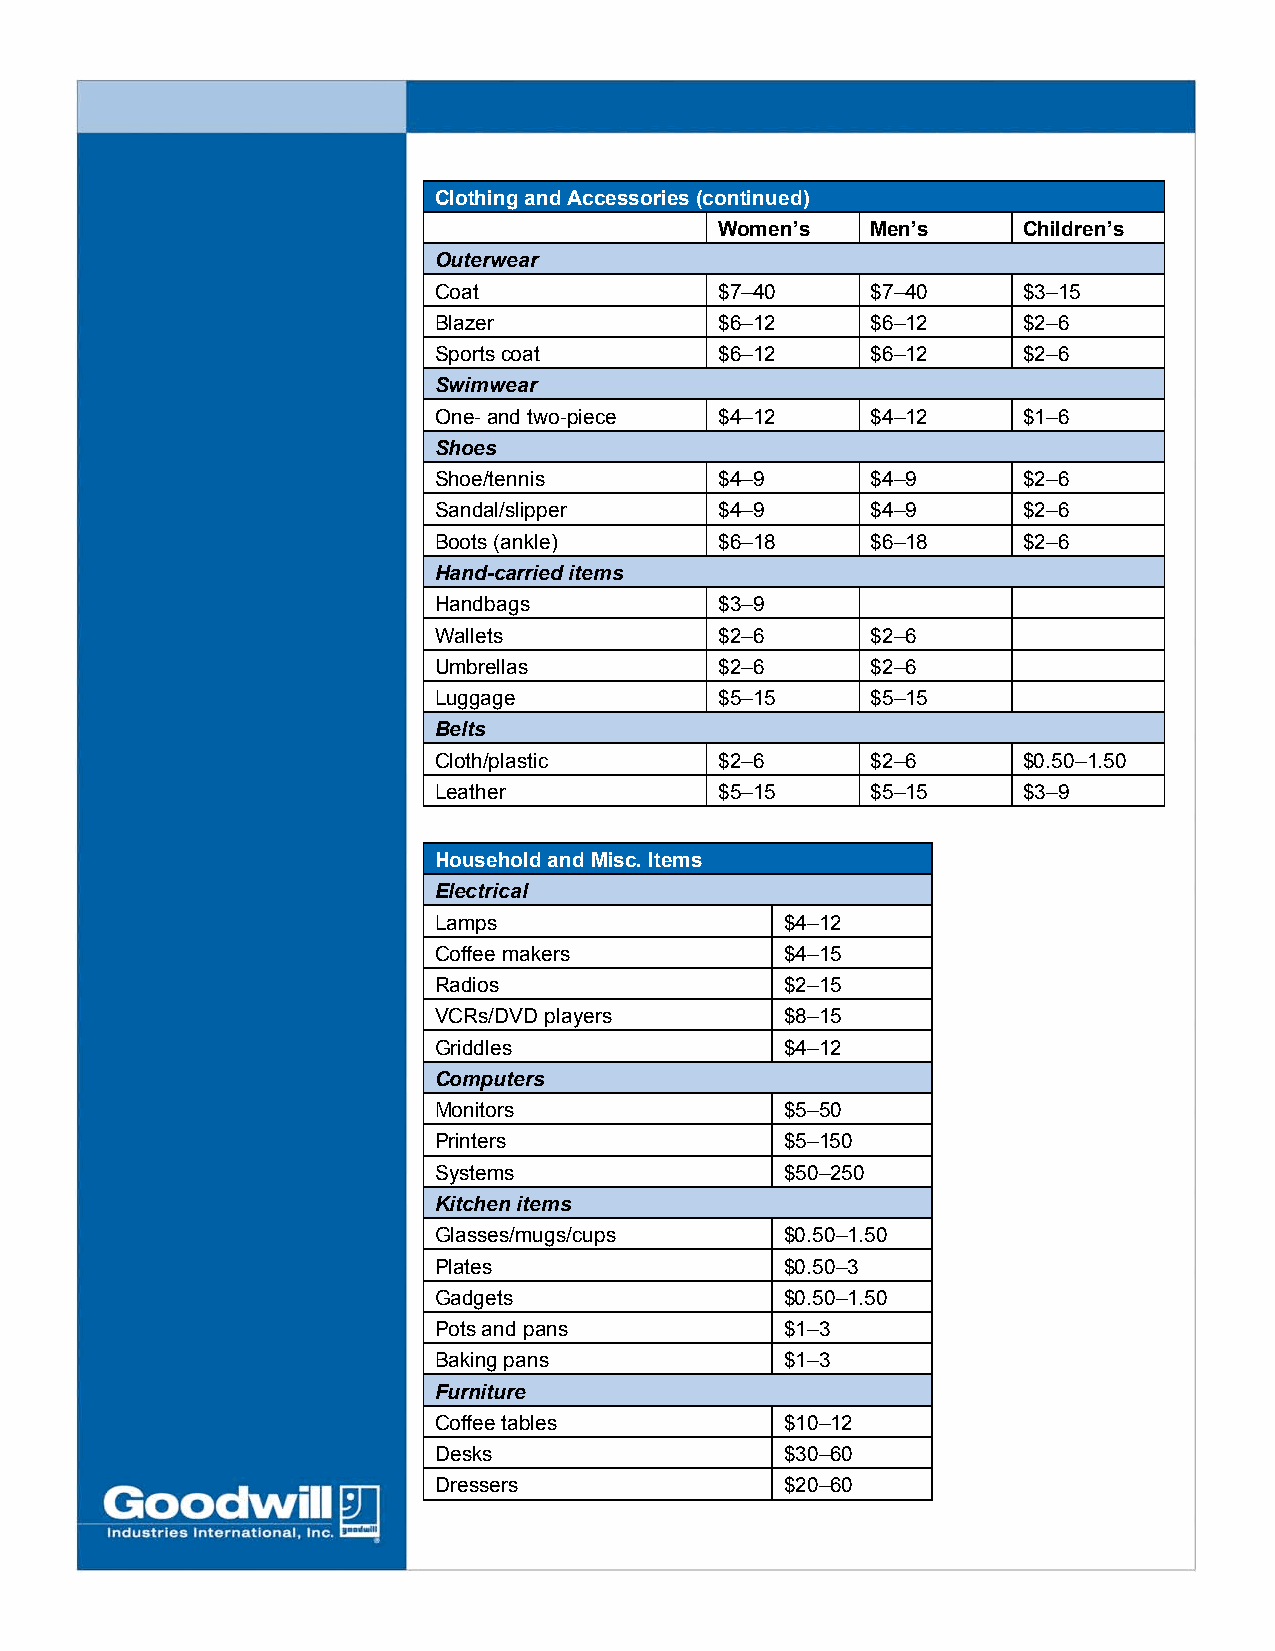
Clothing and Accessories (continued)
 Women’s   Men’s     Children’s
 Outerwear
 Coat               $7–40     $7–40     $3–15
 Blazer             $6–12     $6–12     $2–6
 Sports coat        $6–12     $6–12     $2–6
 Swimwear
 One- and two-piece $4–12     $4–12     $1–6
 Shoes
 Shoe/tennis        $4–9      $4–9      $2–6
 Sandal/slipper     $4–9      $4–9      $2–6
 Boots (ankle)      $6–18     $6–18     $2–6
 Hand-carried items
 Handbags           $3–9
 Wallets            $2–6      $2–6
 Umbrellas          $2–6      $2–6
 Luggage            $5–15     $5–15
 Belts
 Cloth/plastic      $2–6      $2–6      $0.50–1.50
 Leather            $5–15     $5–15     $3–9
 Household and Misc. Items
 Electrical
 Lamps                  $4–12
 Coffee makers          $4–15
 Radios                 $2–15
 VCRs/DVD players       $8–15
 Griddles               $4–12
 Computers
 Monitors               $5–50
 Printers               $5–150
 Systems                $50–250
 Kitchen items
 Glasses/mugs/cups      $0.50–1.50
 Plates                 $0.50–3
 Gadgets                $0.50–1.50
 Pots and pans          $1–3
 Baking pans            $1–3
 Furniture
 Coffee tables          $10–12
 Desks                  $30–60
 Dressers               $20–60